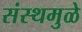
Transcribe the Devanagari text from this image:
संस्थमुळे